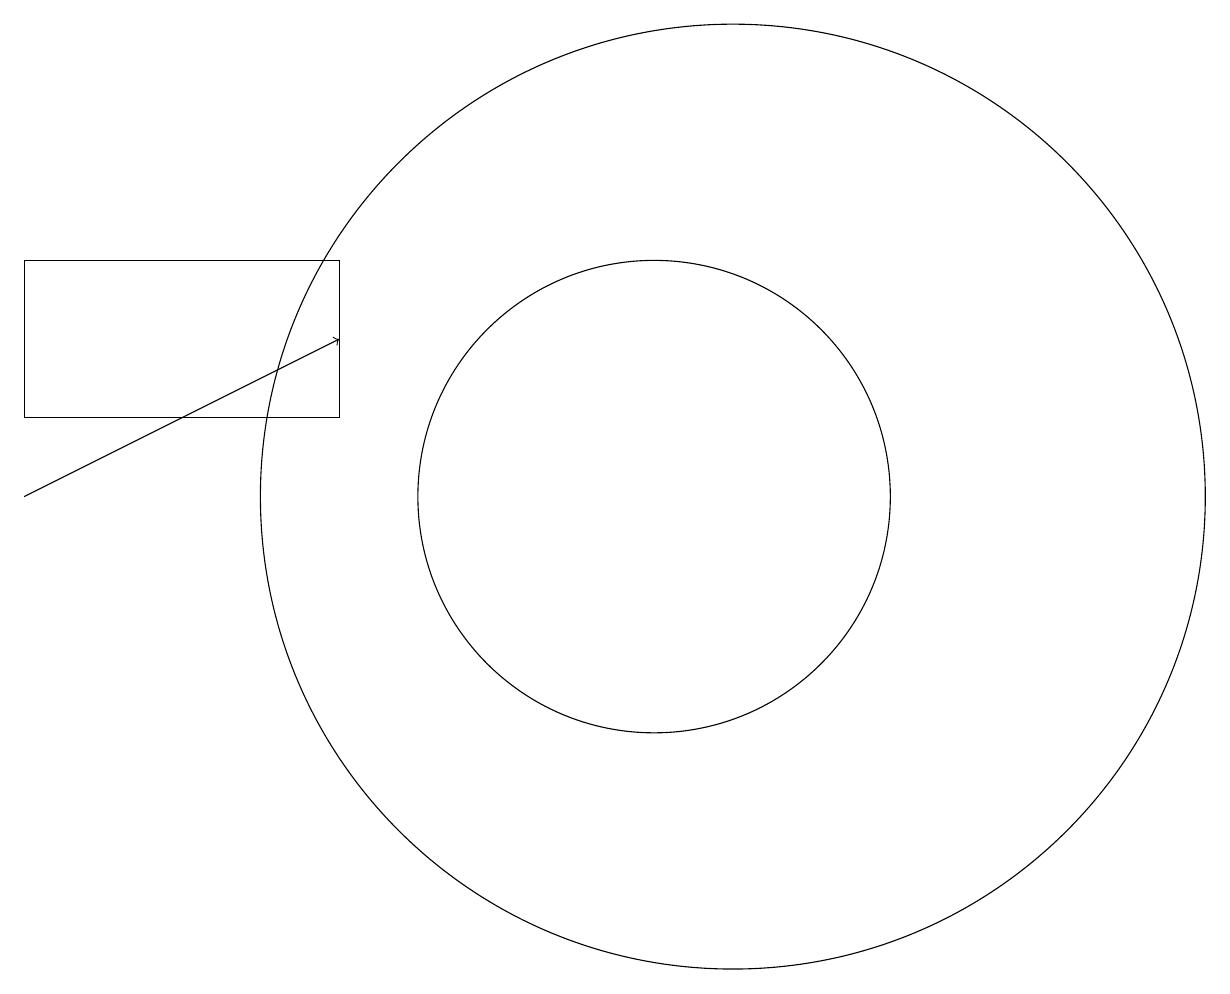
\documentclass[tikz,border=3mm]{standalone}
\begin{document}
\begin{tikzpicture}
\draw[->] (2,11) -- (6,13);
\draw (11,11) circle (6);
\draw (2,12) rectangle (6,14);
\draw (10,11) circle (3);
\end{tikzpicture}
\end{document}